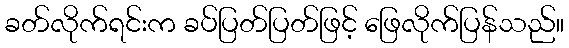
ခတ်လိုက်ရင်းက ခပ်ပြတ်ပြတ်ဖြင့် ဖြေလိုက်ပြန်သည်။